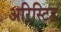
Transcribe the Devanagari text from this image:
अरिस्टिड